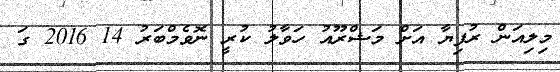
މިލިއަން ރުފިޔާ އަށް މަޝްރޫއު ހަވާލު ކުރީ ނޮވެމްބަރު 14 2016 ގަ